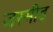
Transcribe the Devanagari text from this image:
जस्मीड